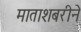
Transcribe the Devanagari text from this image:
माताशबरीने